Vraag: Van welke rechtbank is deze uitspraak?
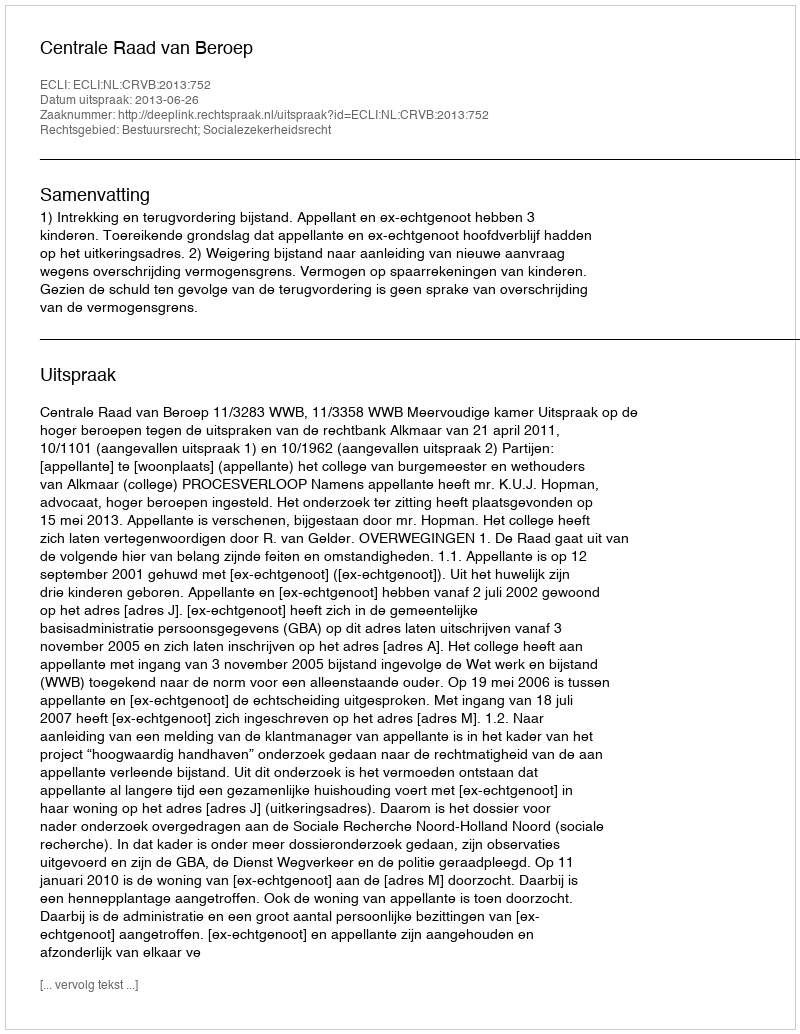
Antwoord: Centrale Raad van Beroep